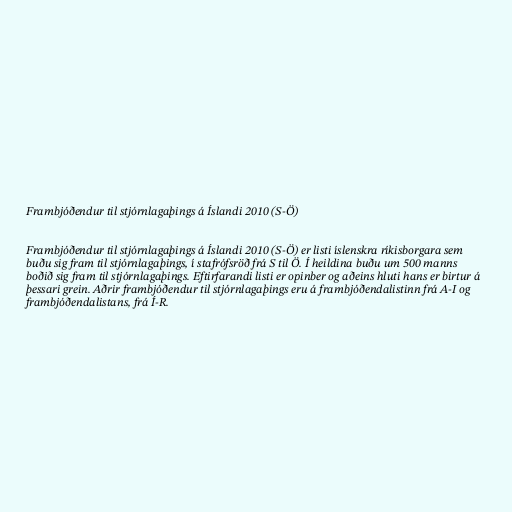
Frambjóðendur til stjórnlagaþings á Íslandi 2010 (S-Ö)

Frambjóðendur til stjórnlagaþings á Íslandi 2010 (S-Ö) er listi íslenskra ríkisborgara sem
buðu sig fram til stjórnlagaþings, í stafrófsröð frá S til Ö. Í heildina buðu um 500 manns
boðið sig fram til stjórnlagaþings. Eftirfarandi listi er opinber og aðeins hluti hans er birtur á
þessari grein. Aðrir frambjóðendur til stjórnlagaþings eru á frambjóðendalistinn frá A-I og
frambjóðendalistans, frá Í-R.